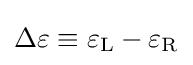
\Delta \varepsilon \equiv \varepsilon _{\mathrm {L} }-\varepsilon _{\mathrm {R} }